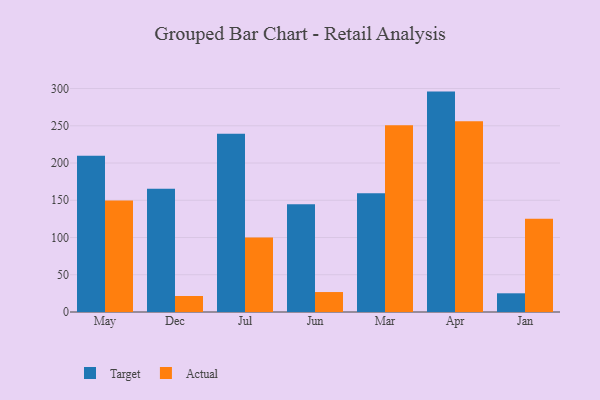
{"axis": {"x": "Month", "y": "Tickets Resolved"}, "legend": ["Actual", "Target"], "data": [{"x": "May", "y": 209.8, "type": "Target"}, {"x": "May", "y": 149.8, "type": "Actual"}, {"x": "Dec", "y": 165.4, "type": "Target"}, {"x": "Dec", "y": 21.5, "type": "Actual"}, {"x": "Jul", "y": 239.3, "type": "Target"}, {"x": "Jul", "y": 99.9, "type": "Actual"}, {"x": "Jun", "y": 144.5, "type": "Target"}, {"x": "Jun", "y": 26.8, "type": "Actual"}, {"x": "Mar", "y": 159.5, "type": "Target"}, {"x": "Mar", "y": 250.8, "type": "Actual"}, {"x": "Apr", "y": 295.9, "type": "Target"}, {"x": "Apr", "y": 256.0, "type": "Actual"}, {"x": "Jan", "y": 25.1, "type": "Target"}, {"x": "Jan", "y": 125.1, "type": "Actual"}]}